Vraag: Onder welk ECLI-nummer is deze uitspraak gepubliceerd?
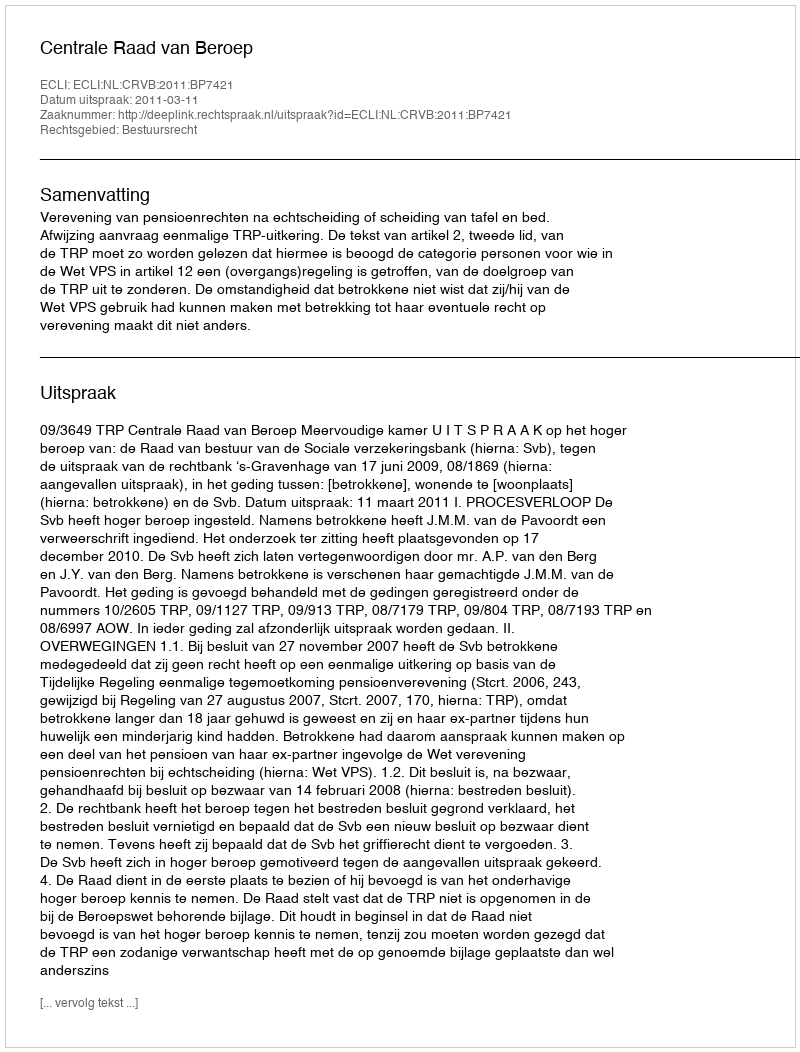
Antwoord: ECLI:NL:CRVB:2011:BP7421